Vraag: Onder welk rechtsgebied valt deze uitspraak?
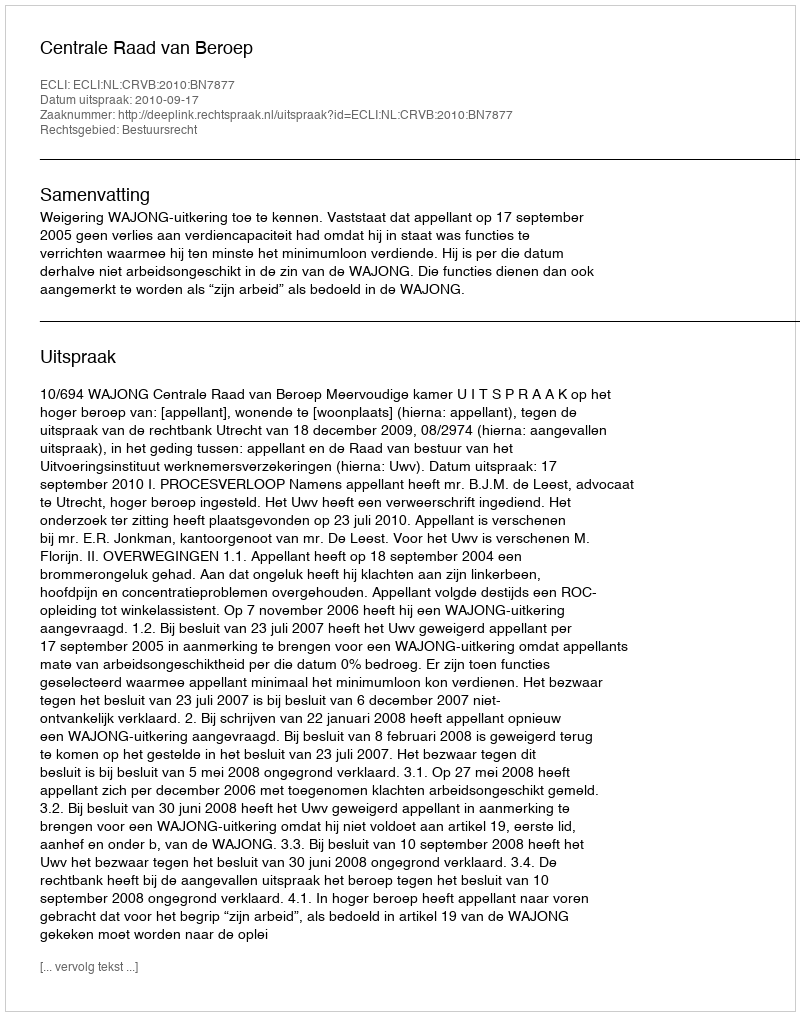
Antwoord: Bestuursrecht